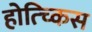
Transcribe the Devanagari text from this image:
होत्च्किस